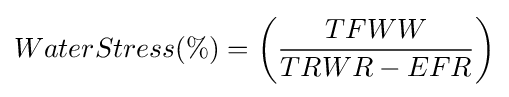
WaterStress(\%)=\left({\frac {TFWW}{TRWR-EFR}}\right)